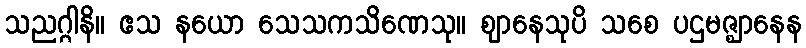
သညဂ္ဂါနိ။ ဧသ နယော သေသကသိဏေသု။ ဈာနေသုပိ သစေ ပဌမဇ္ဈာနေန